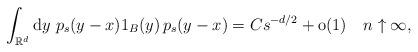
LaTeX: \begin{align*}\int_{\mathbb{R}^{d}}\mathrm{d}y\ p_{s}(y-x) 1_{B}(y)\,p_{s}(y-x)=Cs^{-d/2}+\mathrm{o}(1)\,\ \,\ n\uparrow\infty, \end{align*}